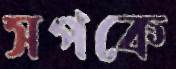
সপকে